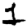
Digit: 1